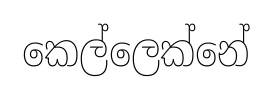
කෙල්ලෙක්නේ